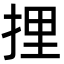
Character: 捚